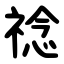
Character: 䄒